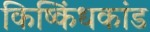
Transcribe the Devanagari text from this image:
किष्किंधकांड